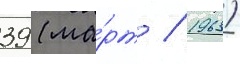
39 (ма́рт / 1963)